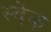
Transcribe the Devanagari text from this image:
स्वेक